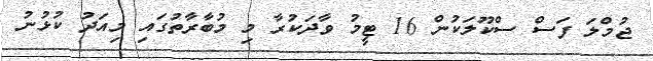
ޖުމްލަ ފަސް ސްކޫލަކުން 16 ޓީމު ވާދަކުރާ މި މުބާރާތުގައި މިއަދު ކުޅުނު